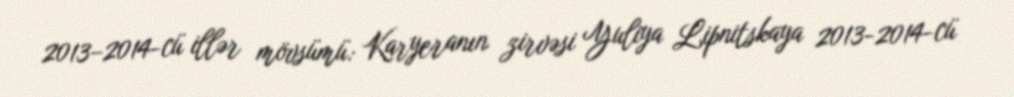
2013–2014-cü illər mövsümü: Karyeranın zirvəsi Yuliya Lipnitskaya 2013-2014-cü